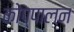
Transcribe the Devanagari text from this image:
कोप्पालन